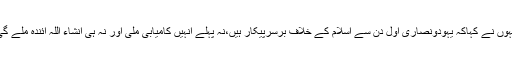
انہوں نے کہاکہ یہودونصاریٰ اول دن سے اسلام کے خلاف برسرپیکار ہیں،نہ پہلے انہیں کامیابی ملی اور نہ ہی انشاء اللہ آئندہ ملے گی۔